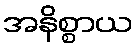
အနိစ္စာယ